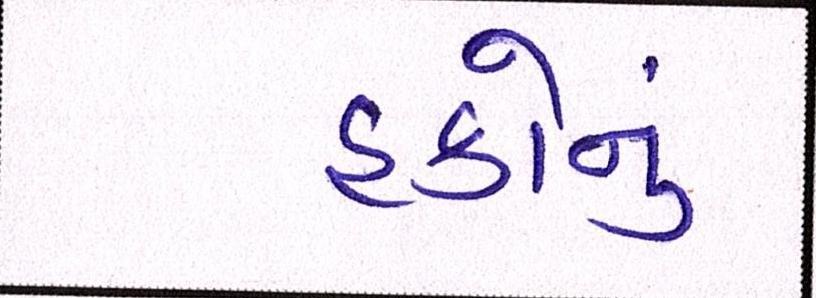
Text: હકોનું